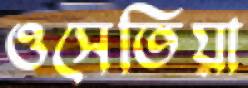
ওসেতিয়া